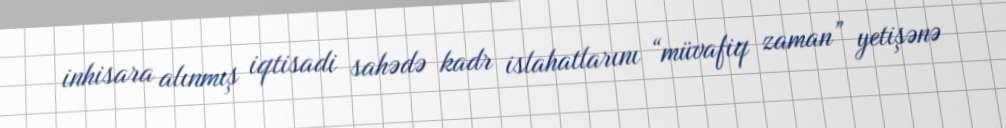
inhisara alınmış iqtisadi sahədə kadr islahatlarını “müvafiq zaman” yetişənə